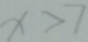
x > 7